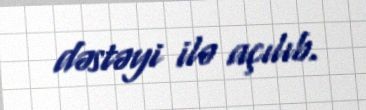
dəstəyi ilə açılıb.